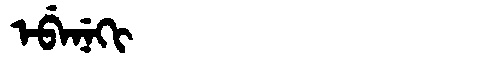
Manchu: ᡝᠪᡝᠨᡝᡴᡳ
Romanization: EBENEKI